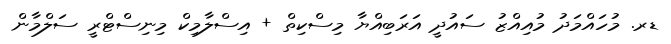
ޑރ. މުހައްމަދު މުއިއްޒު ސައުދީ އަަރަބިއްޔާ މިސްކިތް + އިސްލާމިކް މިނިސްޓްރީ ސަލްމާން